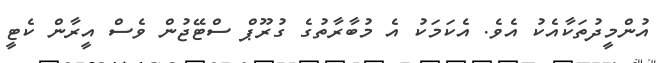
އުންމީދުތަކާއެކު އެވެ. އެކަމަކު އެ މުބާރާތުގެ ގުރޫޕް ސްޓޭޖުން ވެސް އީރާން ކެޓީ